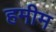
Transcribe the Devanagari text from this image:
हमीम